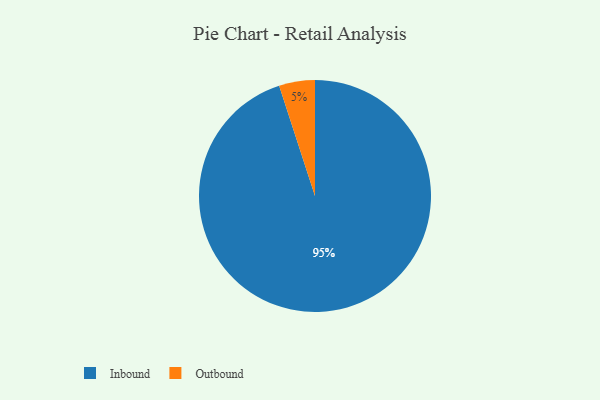
{"axis": {"x": "Category", "y": "Percentage"}, "legend": ["Inbound", "Outbound"], "data": [{"x": "Inbound", "y": 95, "type": "Inbound"}, {"x": "Outbound", "y": 5, "type": "Outbound"}]}